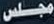
مجلس